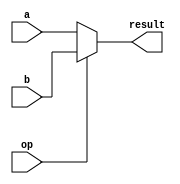
module Mux5Bit2To1(a, b, op, result);
input [4:0] a, b; // 5-bit inputs
input op; // one-bit selection input
output [4:0] result; // 5-bit output

reg [4:0]result;
	wire [4:0] a;
	wire [4:0] b;	  
	wire op;

always@(op,a,b)
	begin
		if(op==1'b0) 
			begin
				 result=a;
			end
		else
			begin
				 result=b;
			end
	end

endmodule